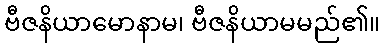
ဗီဇနိယာမောနာမ၊ ဗီဇနိယာမမည်၏။